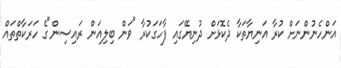
އަންހެނުންނަށް ކުރާ އަނިޔާތަކާ ދެކޮޅަށް ދުނިޔޭގައި ފާހަގަކުރާ "ވަން ބިލިއަން ރައިސިން"ގެ ހަރަކާތްތައް